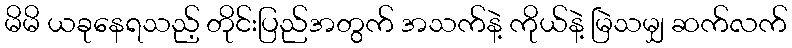
မိမိ ယခုနေရသည့် တိုင်းပြည်အတွက် အသက်နဲ့ ကိုယ်နဲ့ မြဲသမျှ ဆက်လက်